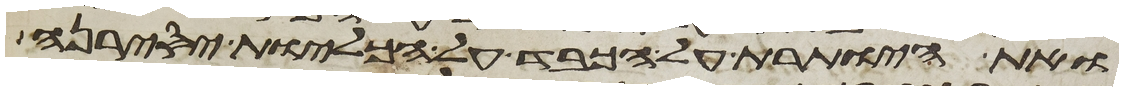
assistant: ואת היותרת על הכבד על הכליות יסירנה